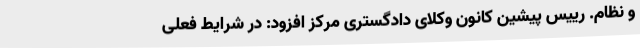
و نظام. رییس پیشین کانون وکلای دادگستری مرکز افزود: در شرایط فعلی